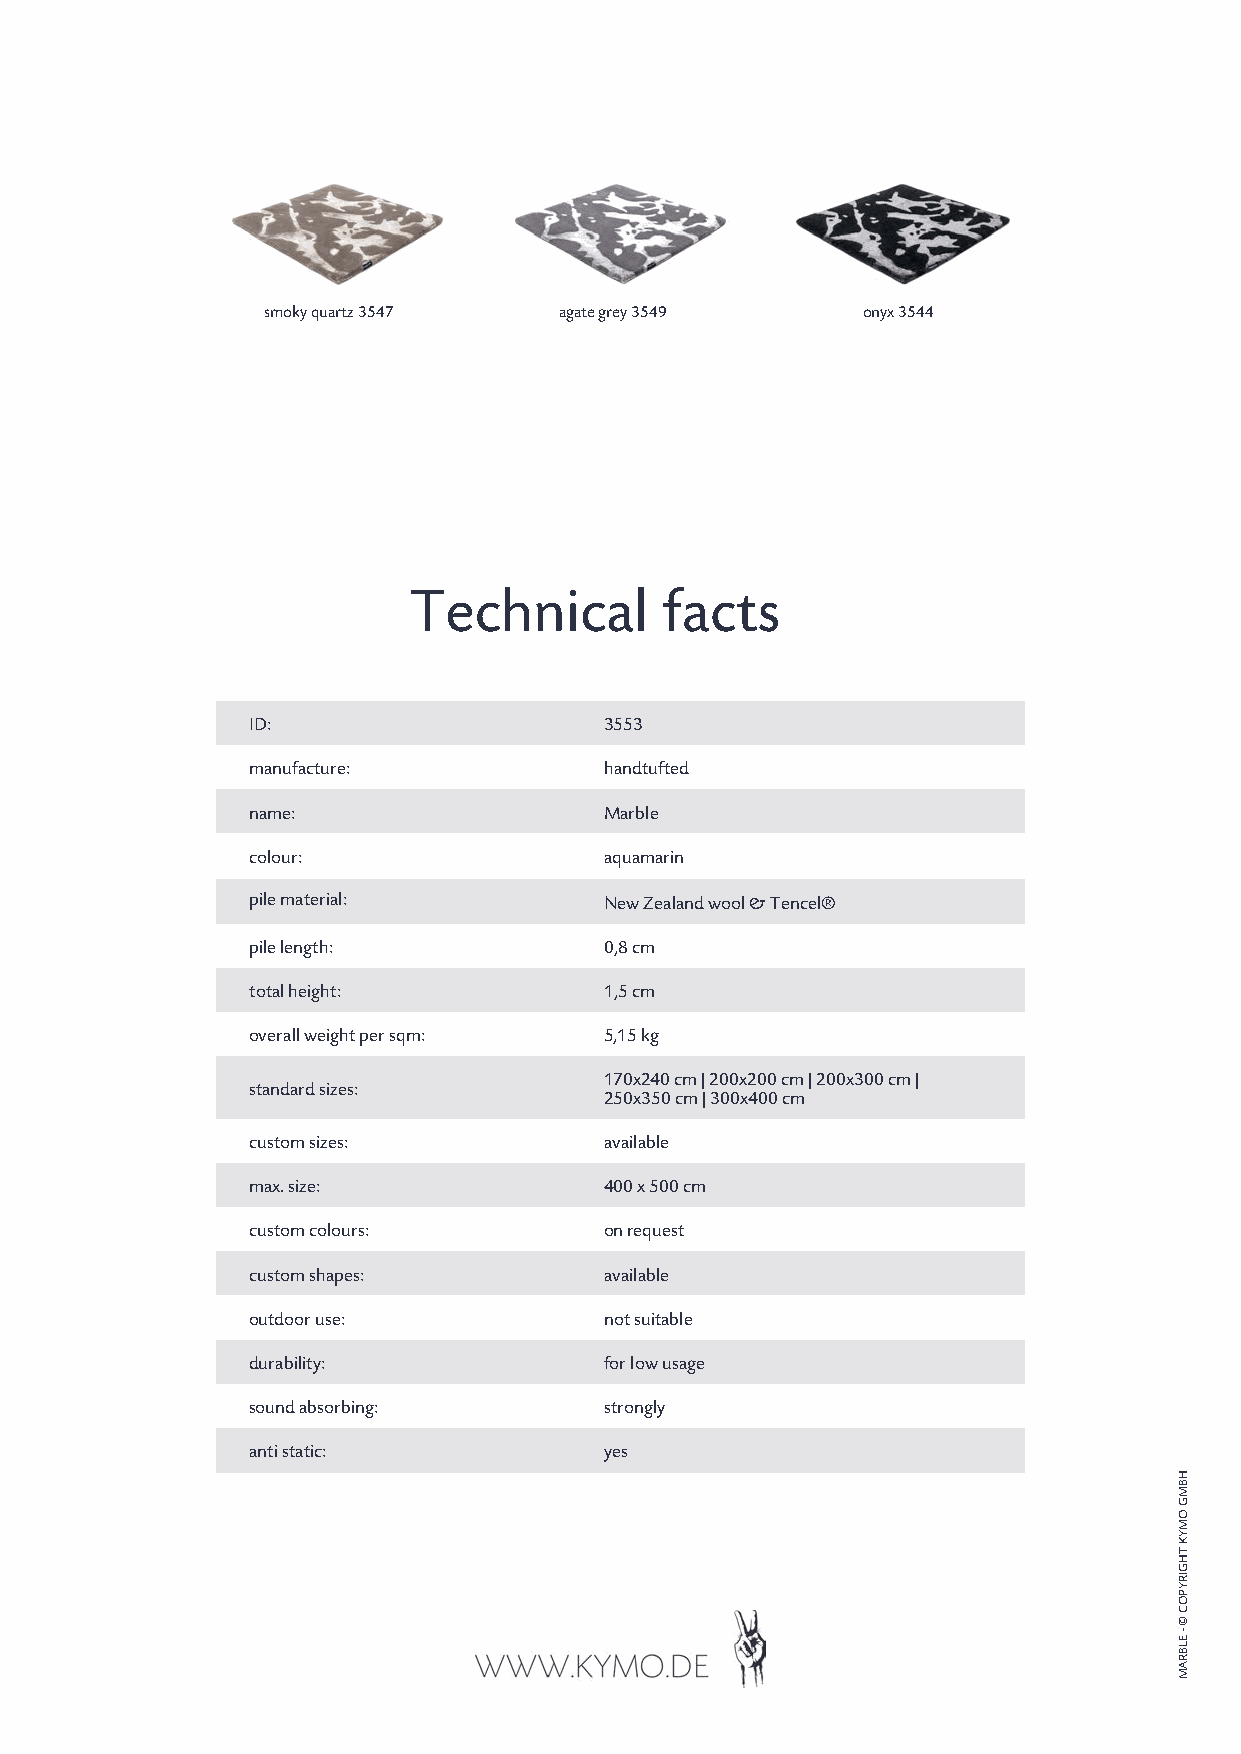
smoky quartz 3547   agate grey 3549     onyx 3544
 Technical        facts
 ID:                     3553
 manufacture:            handtufted
 name:                   Marble
 colour:                 aquamarin
 pile material:          New Zealand wool & Tencel®
 pile length:            0,8 cm
 total height:           1,5 cm
 overall weight per sqm: 5,15 kg
 170x240 cm | 200x200 cm | 200x300 cm |
 standard sizes:
 250x350 cm | 300x400 cm
 custom sizes:           available
 max. size:              400 x 500 cm
 custom colours:         on request
 custom shapes:          available
 outdoor use:            not suitable
 durability:             for low usage
 sound absorbing:        strongly
 anti static:            yes
 HBMG
 OMYK
 THGIRYPOC
 ©
 -
 ELBRAM